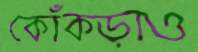
কোঁকড়াও